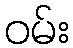
ဝမ်း